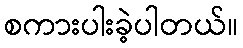
စကားပါးခဲ့ပါတယ်။